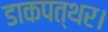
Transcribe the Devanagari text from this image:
डाकपत्थर।